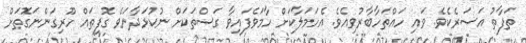
ތަފާތު އަސަރެކެވެ. ވައި ހައްތަހާބާރުވިއެވެ. އެހަމަލާކަށް ހާމަވެފައިވާ ގަސްތަކަށް ނުކުޅަދާނަވެ ގޮފިތައް ހޫރިގަންނަގޮތަށް